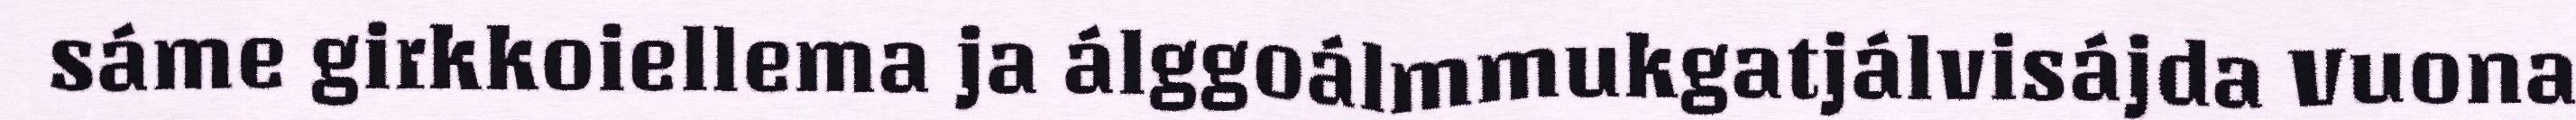
sáme girkkoiellema ja álggoálmmukgatjálvisájda Vuona